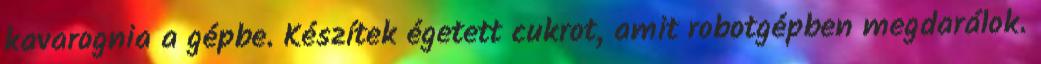
kavarognia a gépbe. Készítek égetett cukrot, amit robotgépben megdarálok.